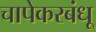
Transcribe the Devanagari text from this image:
चापेकरबंधू